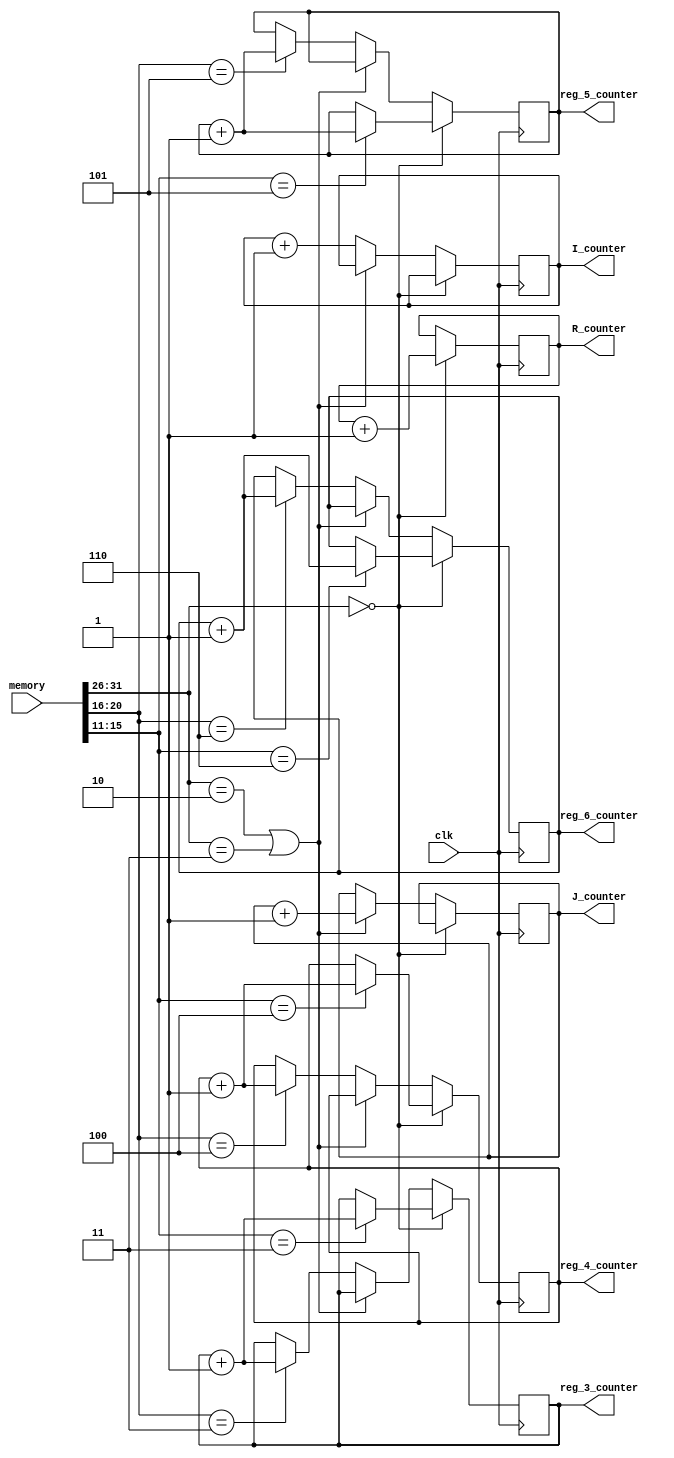
module decoder(clk, memory, R_counter, I_counter, J_counter, reg_3_counter, reg_4_counter, reg_5_counter, reg_6_counter);

    input [31:0] memory;
    input clk;

    output reg [2:0] R_counter;
    output reg [2:0] I_counter;
    output reg [2:0] J_counter;

    output reg [2:0] reg_3_counter;
    output reg [2:0] reg_4_counter;
    output reg [2:0] reg_5_counter;
    output reg [2:0] reg_6_counter; 

    initial begin
        R_counter = 0;
        I_counter = 0;
        J_counter = 0;
        
        reg_3_counter = 0;
        reg_4_counter = 0;
        reg_5_counter = 0;
        reg_6_counter = 0;
    end

    always @(posedge clk) begin
        if(memory[31:26] == 6'b0) begin
            R_counter <= R_counter + 1;
            case(memory[15:11])
                3: reg_3_counter <= reg_3_counter + 1;
                4: reg_4_counter <= reg_4_counter + 1;
                5: reg_5_counter <= reg_5_counter + 1;
                6: reg_6_counter <= reg_6_counter + 1;
            endcase
        end
        else if (memory[31:26] == 6'h2 || memory[31:26] == 6'h3) begin
            J_counter <= J_counter + 1;
        end
        else begin
            I_counter <= I_counter + 1;
            case(memory[20:16])
                3: reg_3_counter <= reg_3_counter + 1;
                4: reg_4_counter <= reg_4_counter + 1;
                5: reg_5_counter <= reg_5_counter + 1;
                6: reg_6_counter <= reg_6_counter + 1;
            endcase
        end
    end

endmodule